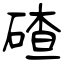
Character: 碴